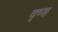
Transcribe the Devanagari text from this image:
वृष्ण